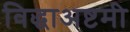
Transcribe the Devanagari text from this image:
विद्धाअष्टमी